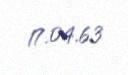
17.04.63